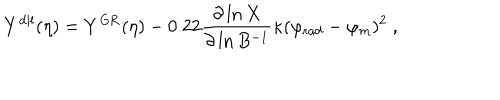
Y ^ { \mathrm { d i l } } ( \eta ) = Y ^ { \mathrm { G R } } ( \eta ) - 0 . 2 2 { \frac { \partial \ln X } { \partial \ln B ^ { - 1 } } } \kappa ( \varphi _ { \mathrm { r a d } } - \varphi _ { m } ) ^ { 2 } \ ,